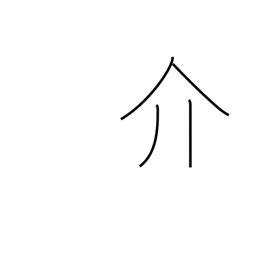
Meaning: mediate